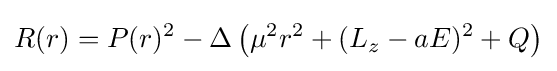
R(r)=P(r)^{2}-\Delta \left(\mu ^{2}r^{2}+(L_{z}-aE)^{2}+Q\right)